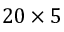
2 0 \times 5